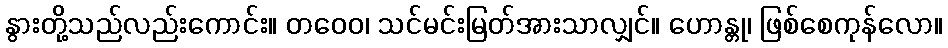
နွားတို့သည်လည်းကောင်း။ တဝေဝ၊ သင်မင်းမြတ်အားသာလျှင်။ ဟောန္တု၊ ဖြစ်စေကုန်လော။